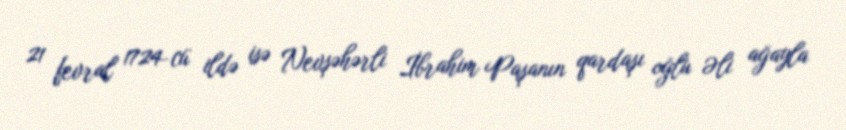
21 fevral 1724-cü ildə isə Nevşəhərli İbrahim Paşanın qardaşı oğlu Əli ağayla